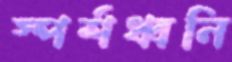
স্পর্শধ্বনি